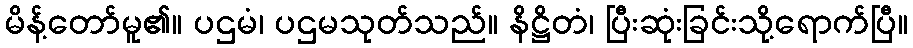
မိန့်တော်မူ၏။ ပဌမံ၊ ပဌမသုတ်သည်။ နိဋ္ဌိတံ၊ ပြီးဆုံးခြင်းသို့ရောက်ပြီ။